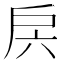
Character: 𭠁